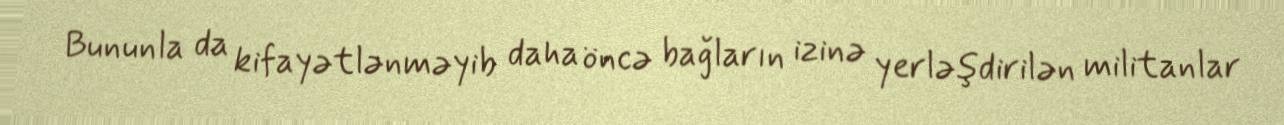
Bununla da kifayətlənməyib daha öncə bağların izinə yerləşdirilən militanlar